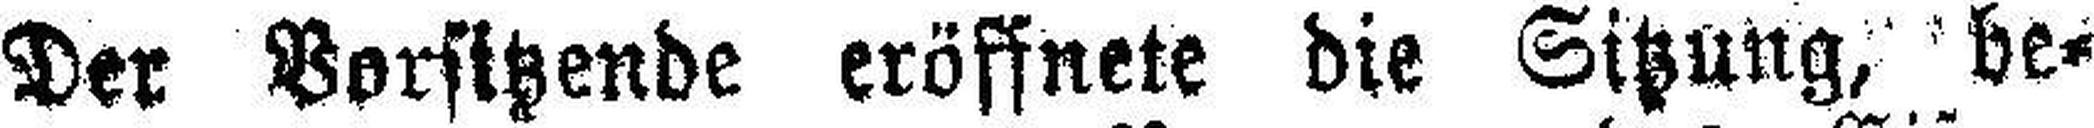
Der Vorsitzende eröffnete die Sitzung, be¬